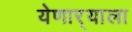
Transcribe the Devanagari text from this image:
येणार्‍याला